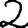
Digit: 2